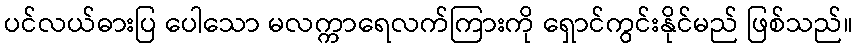
ပင်လယ်ဓားပြ ပေါသော မလက္ကာရေလက်ကြားကို ရှောင်ကွင်းနိုင်မည် ဖြစ်သည်။